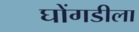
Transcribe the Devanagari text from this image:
घोंगडीला